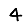
Digit: 4